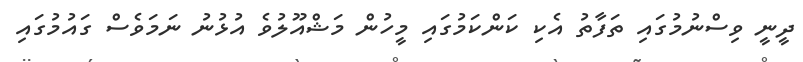
ދީނީ ވިސްނުމުގައި ތަފާތު އެކި ކަންކަމުގައި މީހުން މަޝްއޫލުވެ އުޅުނު ނަމަވެސް ގައުމުގައި